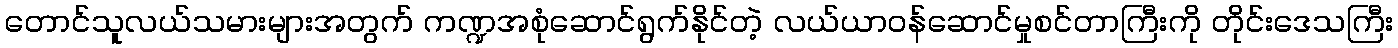
တောင်သူလယ်သမားများအတွက် ကဏ္ဍအစုံဆောင်ရွက်နိုင်တဲ့ လယ်ယာဝန်ဆောင်မှုစင်တာကြီးကို တိုင်းဒေသကြီး